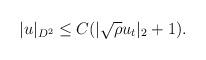
LaTeX: \begin{align*}|u|_{D^2}\leq C(|\sqrt{\rho}u_t|_2+1).\end{align*}